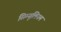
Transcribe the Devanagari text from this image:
सिम्यूलियम